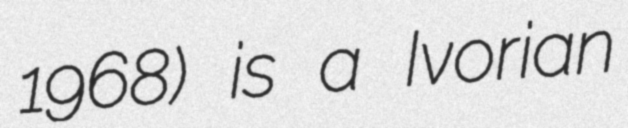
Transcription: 1968) is a Ivorian